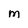
Character: M